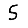
Digit: 5